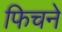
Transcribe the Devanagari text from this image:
फिचने